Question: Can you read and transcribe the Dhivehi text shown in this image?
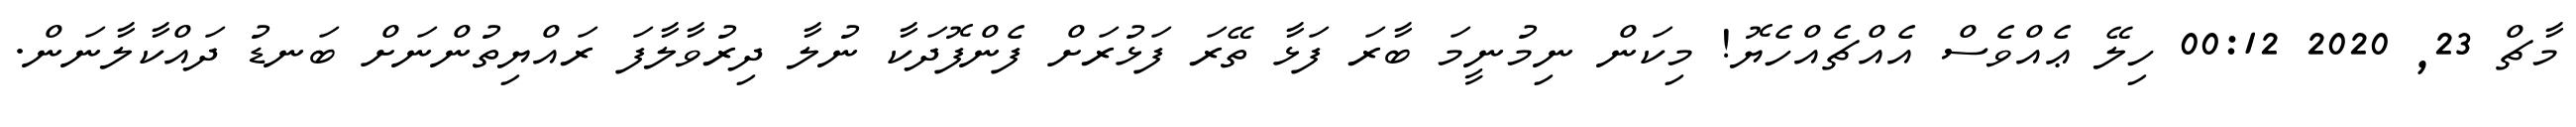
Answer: މާޗް 23, 2020 00:12 ހިލޭ ޢެއްވެސް އެއްޗެއްހެޔޮ! މިކަން ނިމުނީމަ ބާރަ ފަޅާ ތޭރަ ފަޅުރަށް ފެންފޮދަކާ ނުލާ ދިރުވާލާފަ ރައްޔިތުންނަށް ބަނޑު ދައްކާލާނަން.